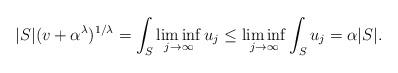
LaTeX: \begin{align*}|S| (v+\alpha^\lambda)^{1/\lambda}= \int_{ S }\liminf_{j\to \infty} u_j\le \liminf_{j\to \infty}\int_{S } u_j= \alpha |S|.\end{align*}